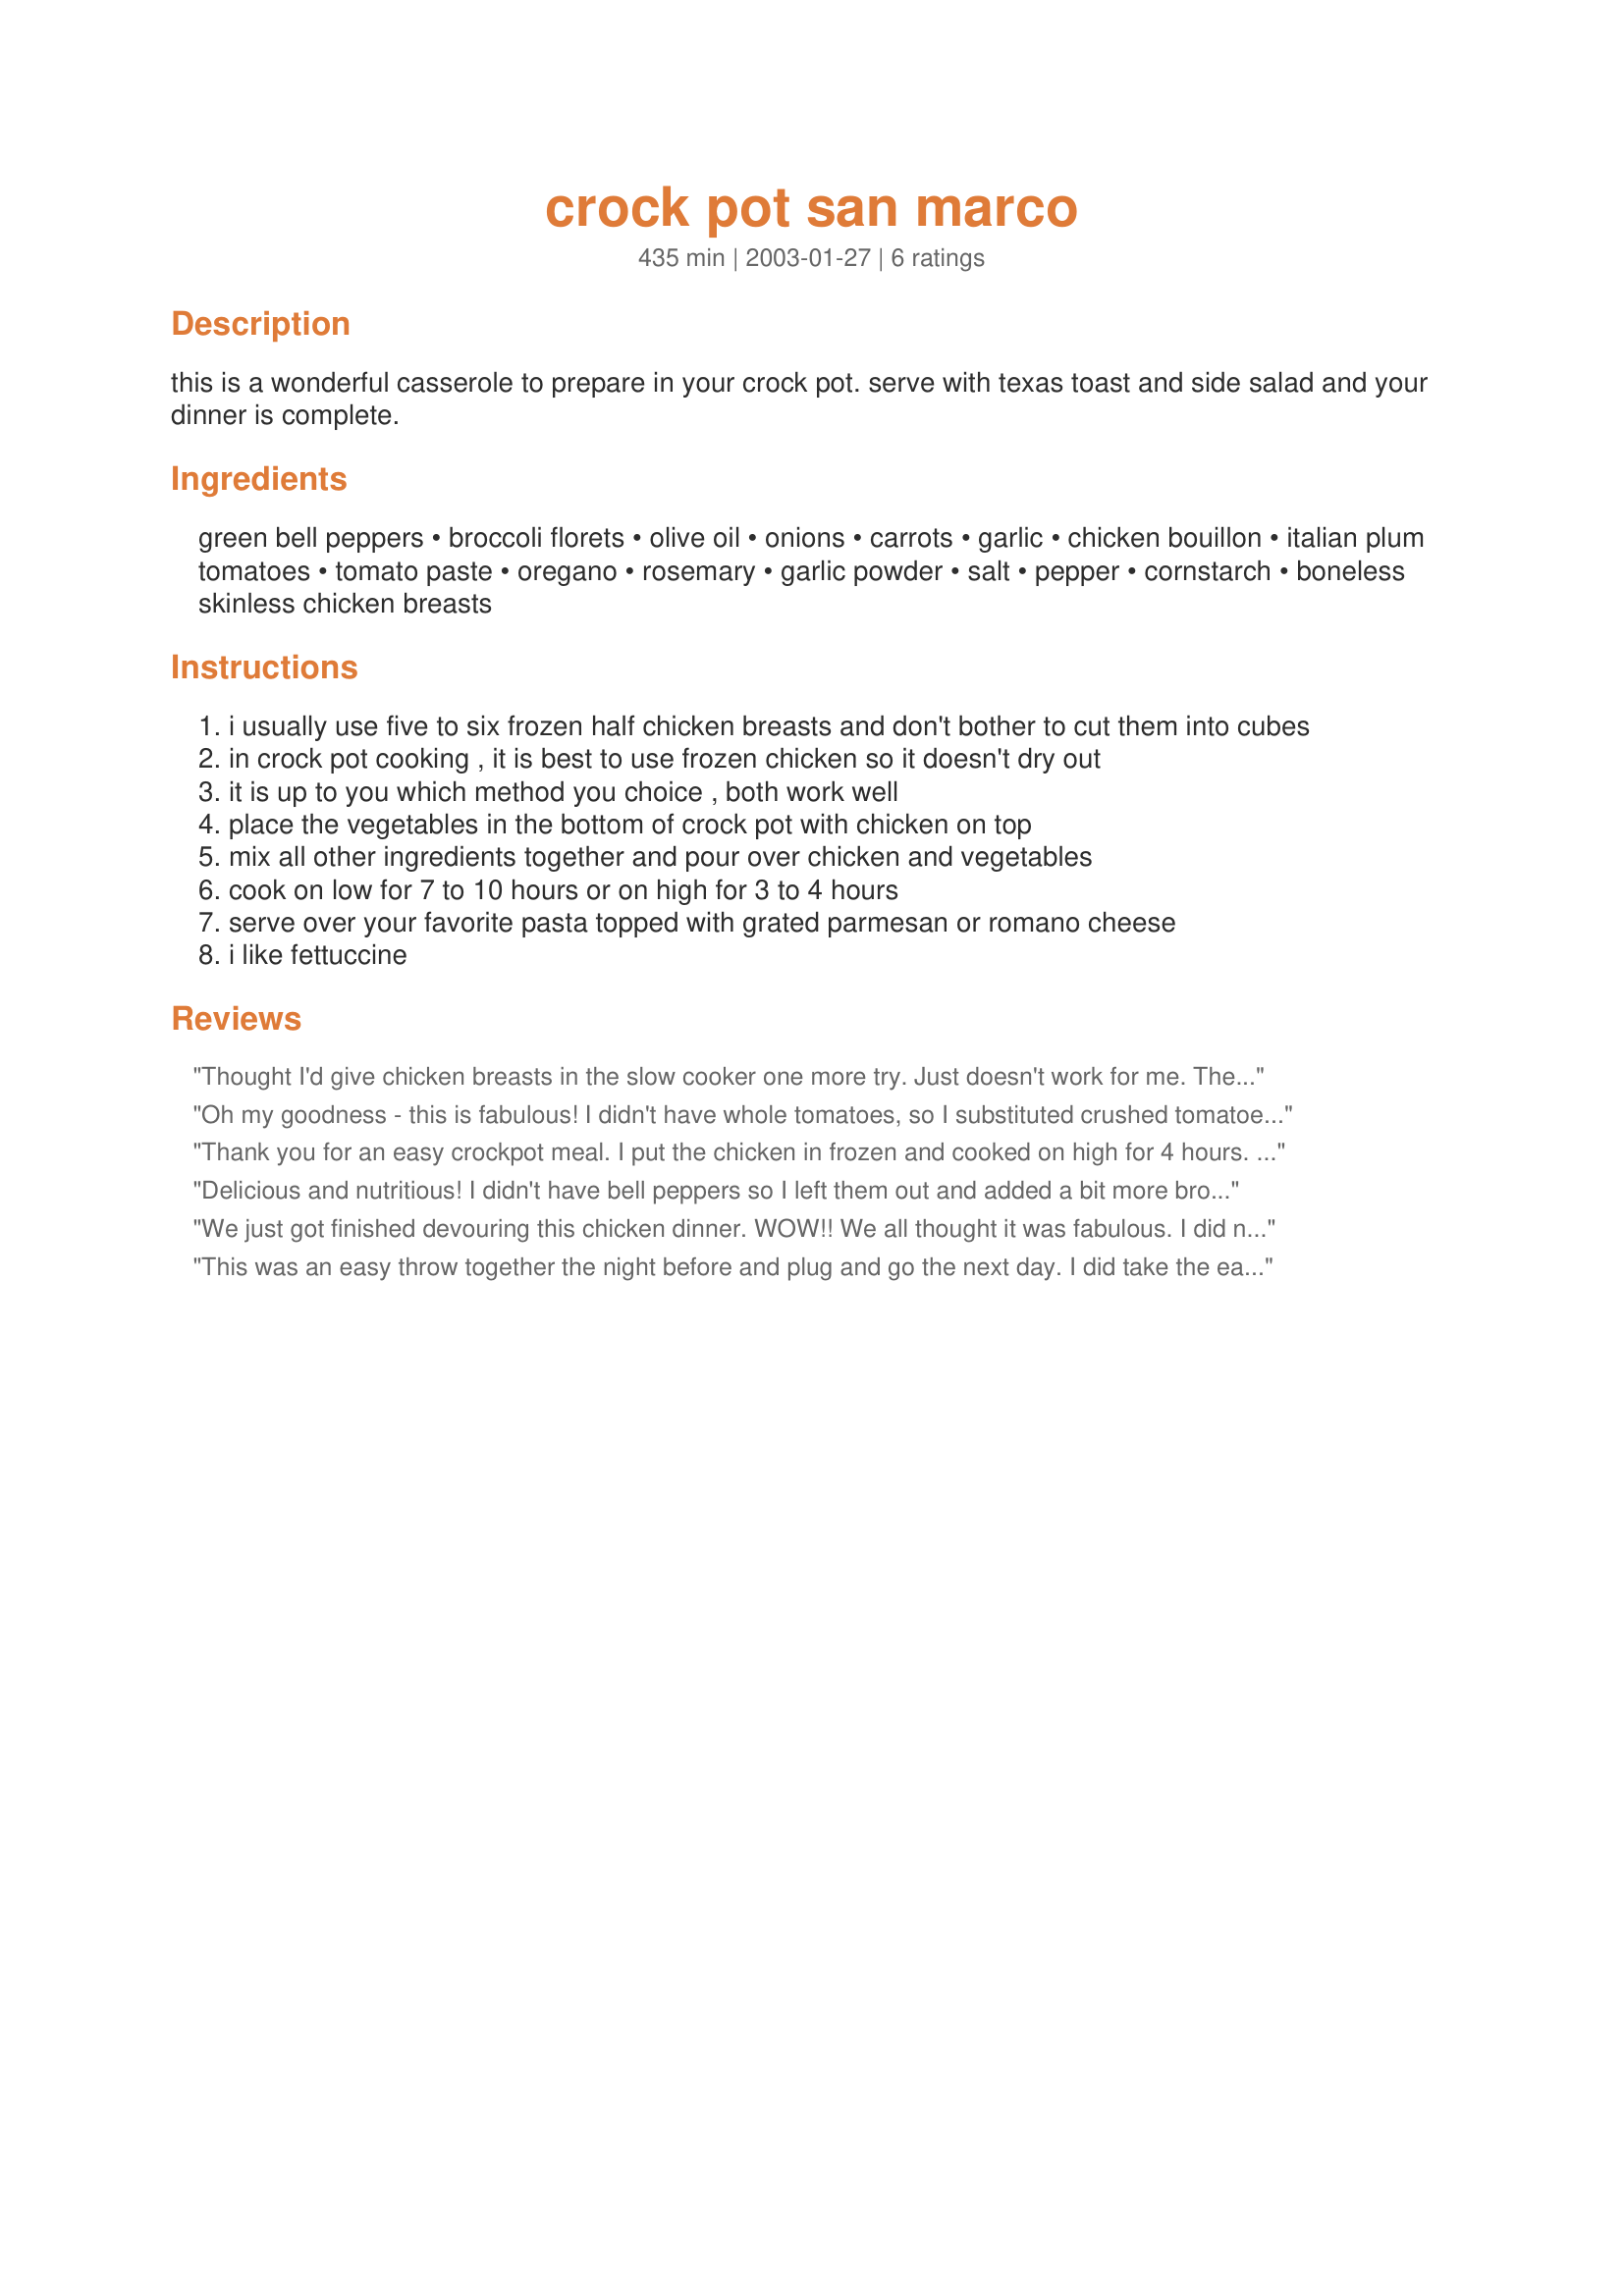
crock pot san marco
Preparation time: 435 minutes

this is a wonderful casserole to prepare in your crock pot. serve with texas toast and side salad and your dinner is complete.

Ingredients:
green bell peppers, broccoli florets, olive oil, onions, carrots, garlic, chicken bouillon, italian plum tomatoes, tomato paste, oregano, rosemary, garlic powder, salt, pepper, cornstarch, boneless skinless chicken breasts

Steps:
i usually use five to six frozen half chicken breasts and don't bother to cut them into cubes
in crock pot cooking , it is best to use frozen chicken so it doesn't dry out
it is up to you which method you choice , both work well
place the vegetables in the bottom of crock pot with chicken on top
mix all other ingredients together and pour over chicken and vegetables
cook on low for 7 to 10 hours or on high for 3 to 4 hours
serve over your favorite pasta topped with grated parmesan or romano cheese
i like fettuccine

Reviews:
Thought I'd give chicken breasts in the slow cooker one more try. Just doesn't work for me. The rest of the dish was very flavorful. Next time I'd try thighs or legs.
Oh my goodness - this is fabulous! I didn't have whole tomatoes, so I substituted crushed tomatoes plus a bit of chicken broth. Excellent dish. I'll, definitely, be making this often.
Thank you for an easy crockpot meal. I put the chicken in frozen and cooked on high for 4 hours. Perfect. The seasonings in this recipe really make this dish one I will make again.
Delicious and nutritious! I didn't have bell peppers so I left them out and added a bit more broccoli. I only used one onion and I had fresh oregano and thyme, so I put in those and omitted the rosemary. Next time I'll add the broccoli in during the last few hours to keep it from cooking so much. Other than that,I wouldn't change a thing!
We just got finished devouring this chicken dinner. WOW!! We all thought it was fabulous. I did not chop the chicken breasts, but left them whole like you suggested.They turned out fine and were very moist. The vegetables and sauce were very well seasoned and went great with the noodles. Thanks for something that my whole family likes.
This was an easy throw together the night before and plug and go the next day. I did take the easy way out and used frozen vegetables for everything (except the onions). I used a 14 ounce can of diced tomates, drained, and omitted the chicken bouillon (didn't have any). We liked this, it was flavorful. I didn't cook any pasta with it, just served with crusty bread. Thanks for a great come-home-to recipe, Audrey. Will make again. sue
